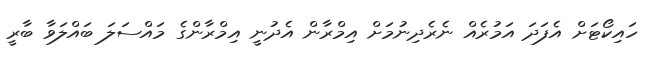
ހައިކޯޓަށް އެފަދަ އަމުރެއް ނެރެދިނުމަށް އިމްރާން އެދުނީ އިމްރާންގެ މައްސަލަ ބައްލަވާ ބާރީ